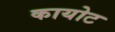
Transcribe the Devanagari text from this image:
कायोट